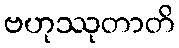
ဗဟုဿုတာတိ